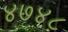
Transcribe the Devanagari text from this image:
४७४८